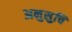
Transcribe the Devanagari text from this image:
अनुसुचि